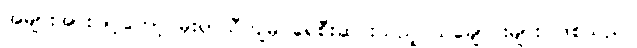
အများအားဖြင့်တော့ မိုးရာသီကျမှ ရေစီးဆင်းသည့် သဲချောင်းများ ဖြစ်သည်။